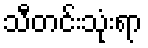
သီတင်းသုံးရာ